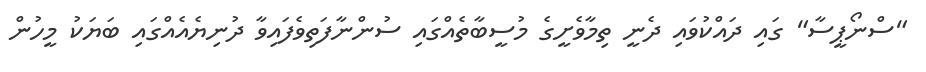
"ސްނޯޕީސާ" ގައި ދައްކުވައި ދެނީ ތިމާވެށީގެ މުސީބާތެއްގައި ސުންނާފަތިވެފައިވާ ދުނިޔެއެއްގައި ބަޔަކު މީހުން